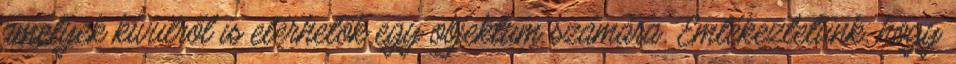
amelyek kívülről is elérhetők egy objektum számára. Emlékeztetünk, hogy